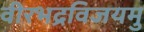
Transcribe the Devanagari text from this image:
वीरभद्रविजयमु